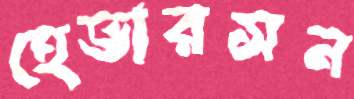
হেভারসন